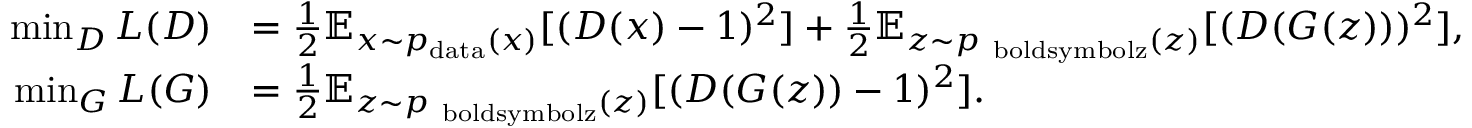
\begin{array} { r l } { \operatorname* { m i n } _ { D } L ( D ) } & { = \frac { 1 } { 2 } \mathbb { E } _ { \boldsymbol { x } \sim p _ { \mathrm { d a t a } } ( \boldsymbol { x } ) } [ ( D ( \boldsymbol { x } ) - 1 ) ^ { 2 } ] + \frac { 1 } { 2 } \mathbb { E } _ { \boldsymbol { z } \sim p _ { \mathrm { \ b o l d s y m b o l { z } } } ( \boldsymbol { z } ) } [ ( D ( G ( \boldsymbol { z } ) ) ) ^ { 2 } ] , } \\ { \operatorname* { m i n } _ { G } L ( G ) } & { = \frac { 1 } { 2 } \mathbb { E } _ { \boldsymbol { z } \sim p _ { \mathrm { \ b o l d s y m b o l { z } } } ( \boldsymbol { z } ) } [ ( D ( G ( \boldsymbol { z } ) ) - 1 ) ^ { 2 } ] . } \end{array}